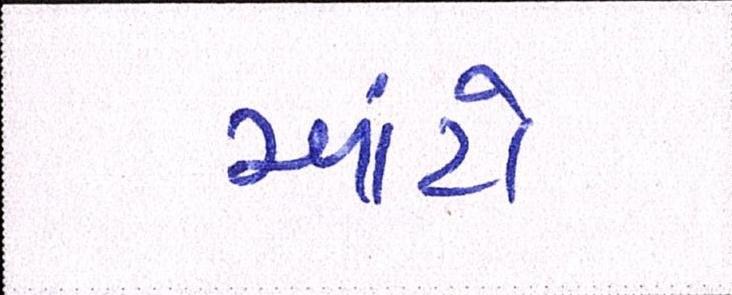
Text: આંટો